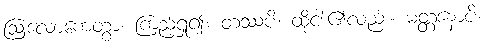
ဩလောကေတွာ၊ ကြည့်ရှု၍။ တဿပိ၊ ထိုငါး၏လည်း။ မတ္တနောပိ၊